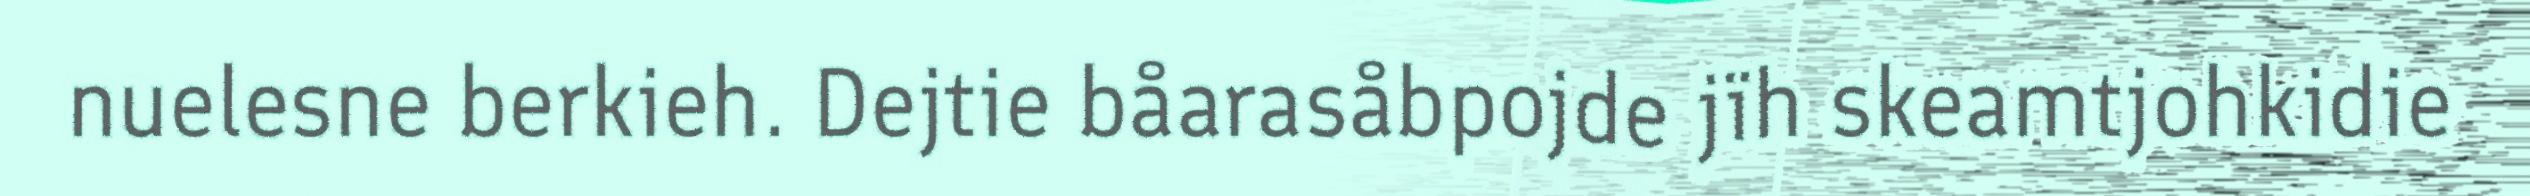
nuelesne berkieh. Dejtie båarasåbpojde jïh skeamtjohkidie